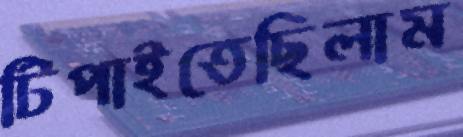
টিপাইতেছিলাম